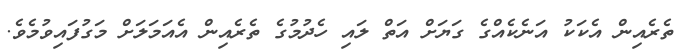
ތެރެއިން އެކަކު އަނެކެއްގެ ގަޔަށް އަތް ލައި ހެދުމުގެ ތެރެއިން އެއަމަލަށް މަގުފައިވުމެވެ.